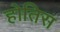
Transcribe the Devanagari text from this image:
होतिस